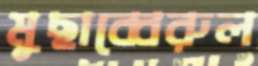
মুছাব্বেরুল